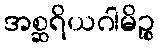
အစ္ဆရိယဂါမိဉ္စ